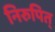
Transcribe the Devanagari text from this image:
निरुपित्